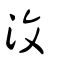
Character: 汶